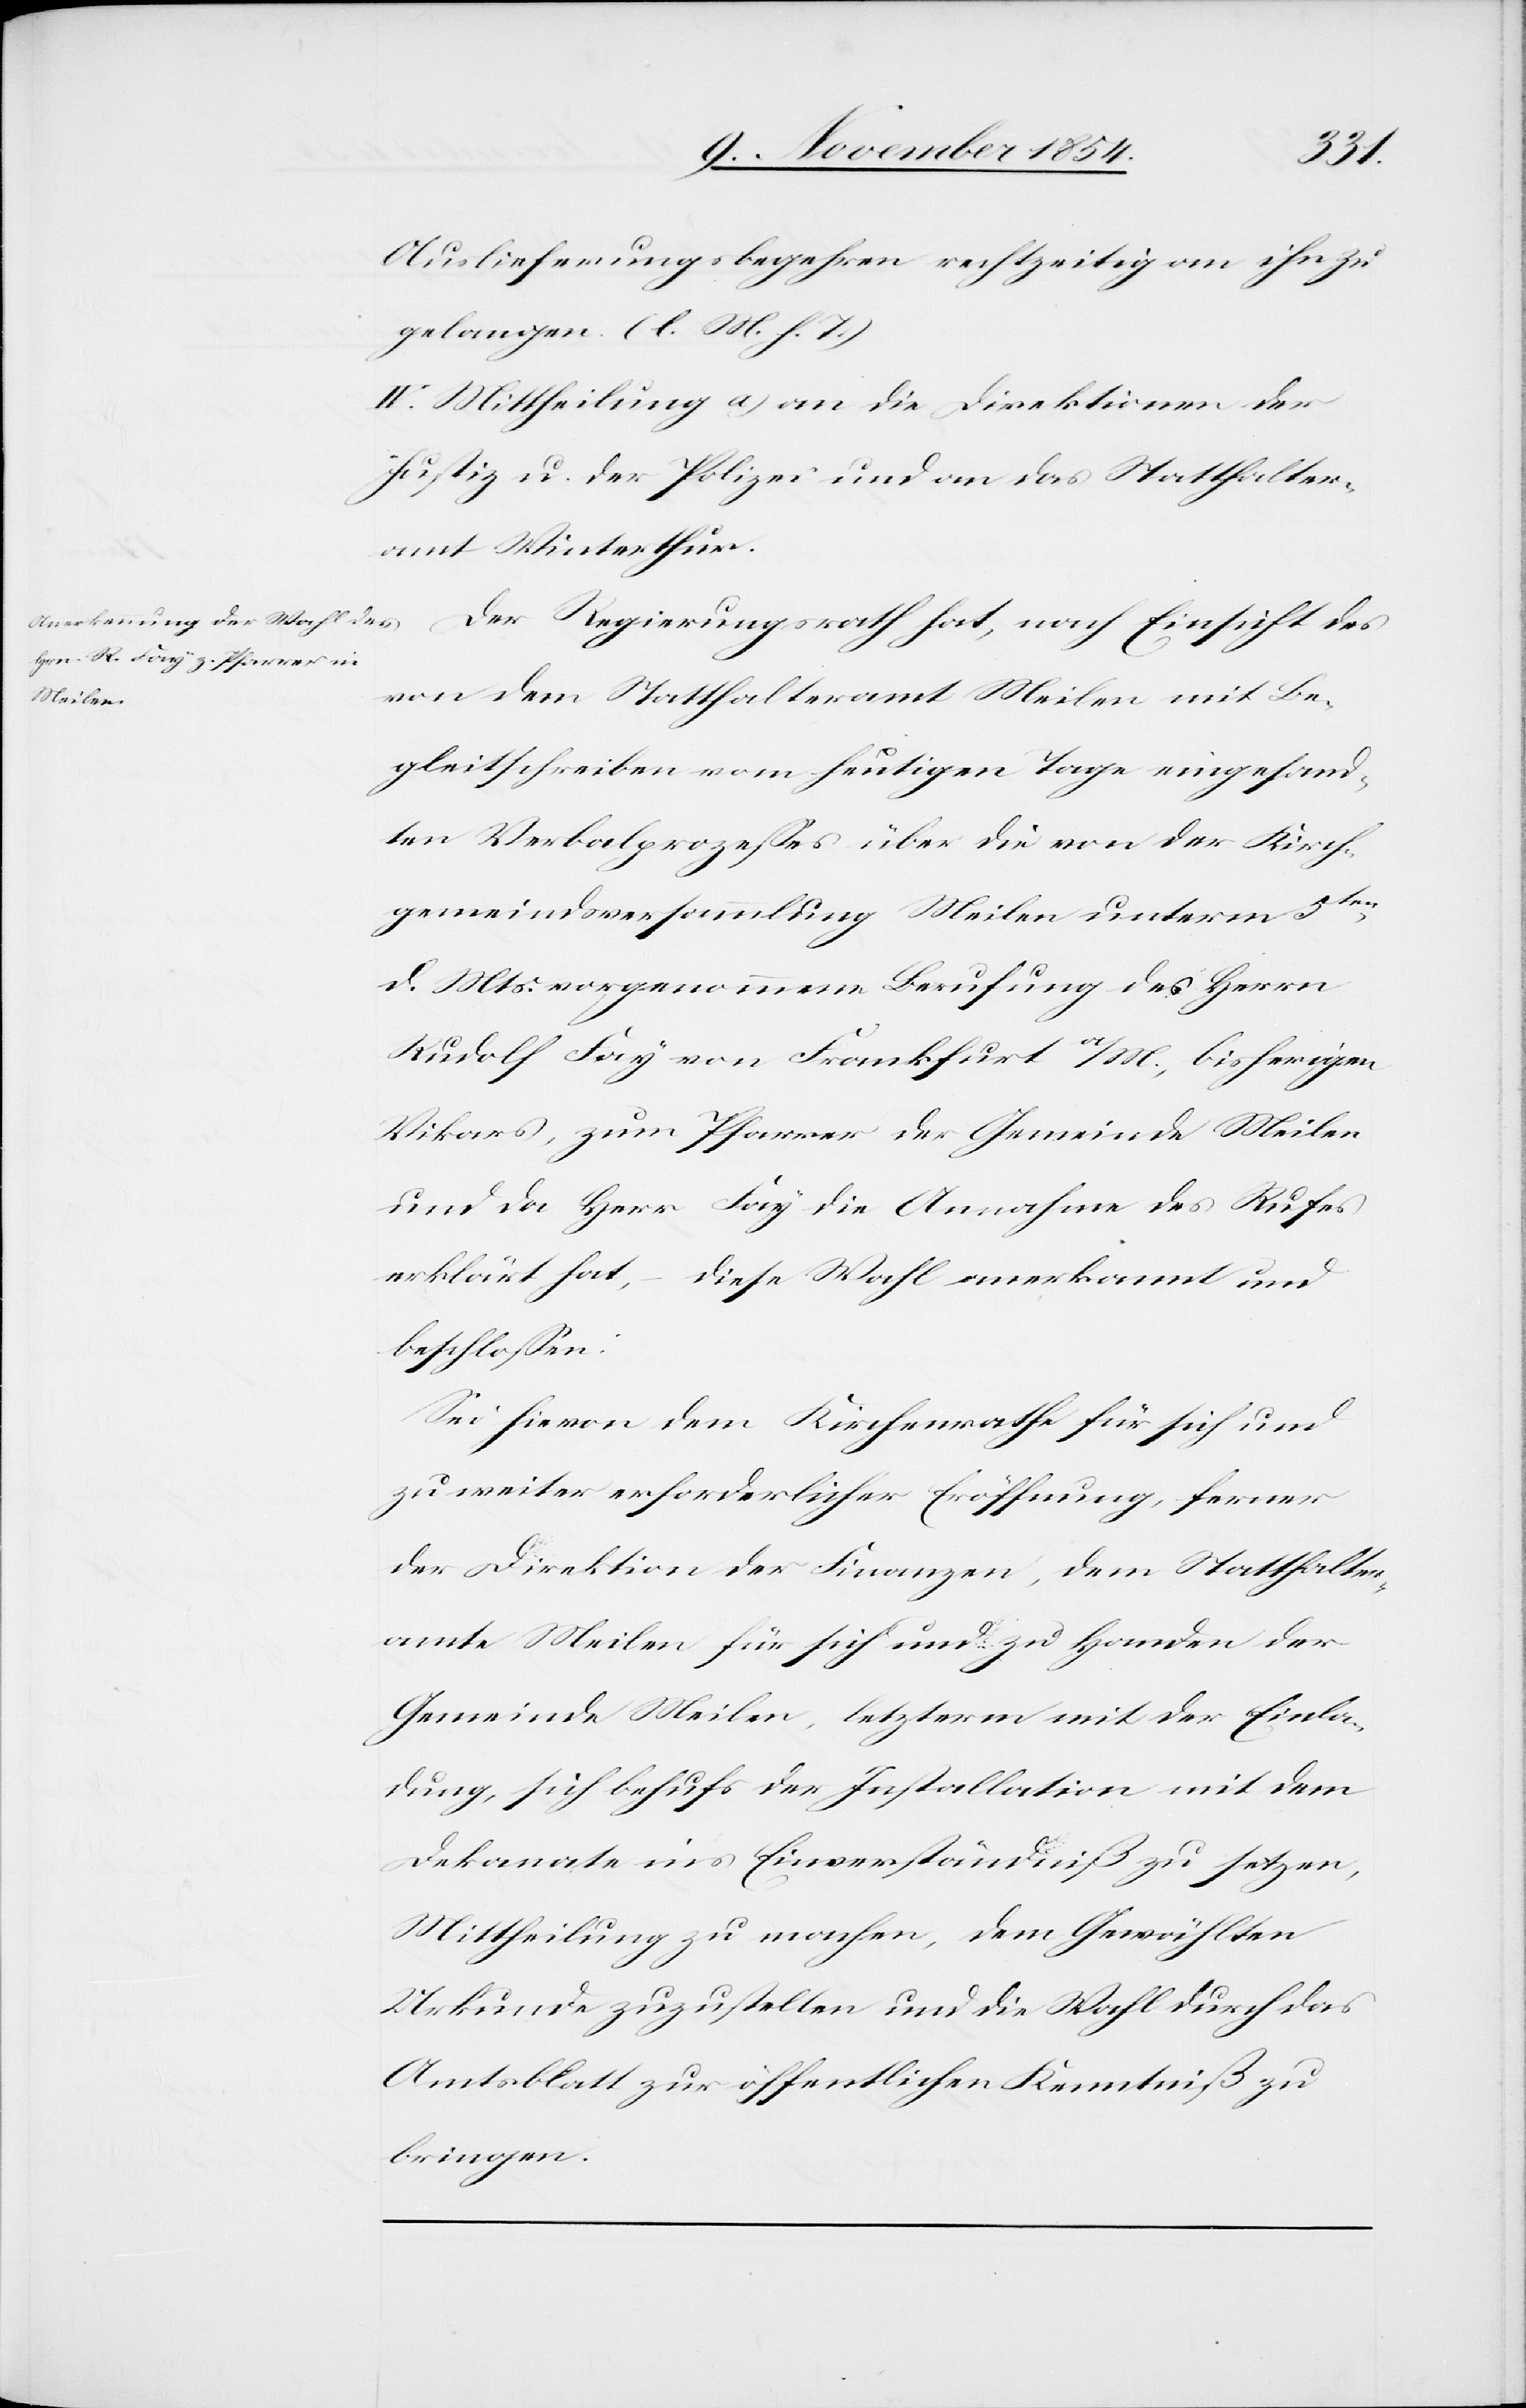
Auslieferungsbegehren rechtzeitig an ihn zu
gelangen. (l. M. h. T.)
IV. Mittheilung a) an die Direktionen der
Justiz u. der Polizei und an das Statthalter¬
amt Winterthur.
Der Regierungsrath hat, nach Einsicht des
von dem Statthalteramt Meilen mit Be¬
gleitschreiben vom heutigen Tage eingesand¬
ten Verbalprozeßes über die von der Kirch¬
gemeindsversammlung Meilen unterm 5ten
d. Mts. vorgenommene Berufung des Herrn
Rudolf Frei von Frankfurt a/M., bisherigen
Vikars, zum Pfarrer der Gemeinde Meilen
und da Herr Fay die Annahme des Rufes
erklärt hat, – diese Wahl anerkannt und
beschloßen:
Sie hievon dem Kirchenrathe für sich und
zu weiter erforderlicher Eröffnung, ferner
der Direktion der Finanzen, dem Statthalter¬
amte Meilen für sich und zu Handen der
Gemeinde Meilen, letzterm mit der Einla¬
dung, sich behufs der Installation mit dem
Dekanate ins Einverständniß zu setzen,
Mittheilung zu machen, dem Gewählten
Urkunde zuzustellen und die Wahl durch das
Amtsblatt zur öffentlichen Kenntniß zu
bringen.